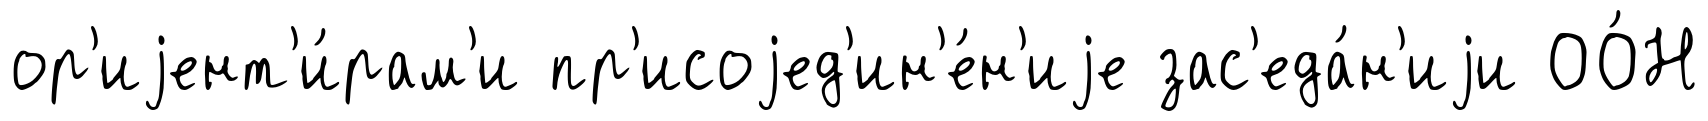
ор'иjент'и́рам'и пр'исоjед'ин'е́н'иjе зас'еда́н'иjи ОО́Н